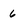
Character: 6